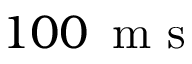
1 0 0 \ensuremath { \, \mathrm { ~ m ~ s ~ } }